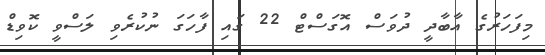
މިފަހަރުގެ އާބާދީ ދުވަސް އޮގަސްޓް 22 ގައި ފާހަގަ ނުކުރެވި ލަސްވީ ކޮވިޑް